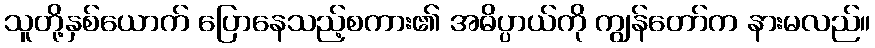
သူတို့နှစ်ယောက် ပြောနေသည့်စကား၏ အဓိပ္ပာယ်ကို ကျွန်တော်က နားမလည်။